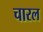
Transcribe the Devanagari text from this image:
चारल